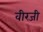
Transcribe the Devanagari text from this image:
वीरजी